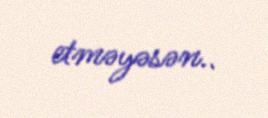
etməyəsən..